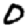
Digit: 0